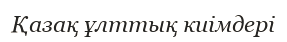
Қазақ ұлттық киімдері